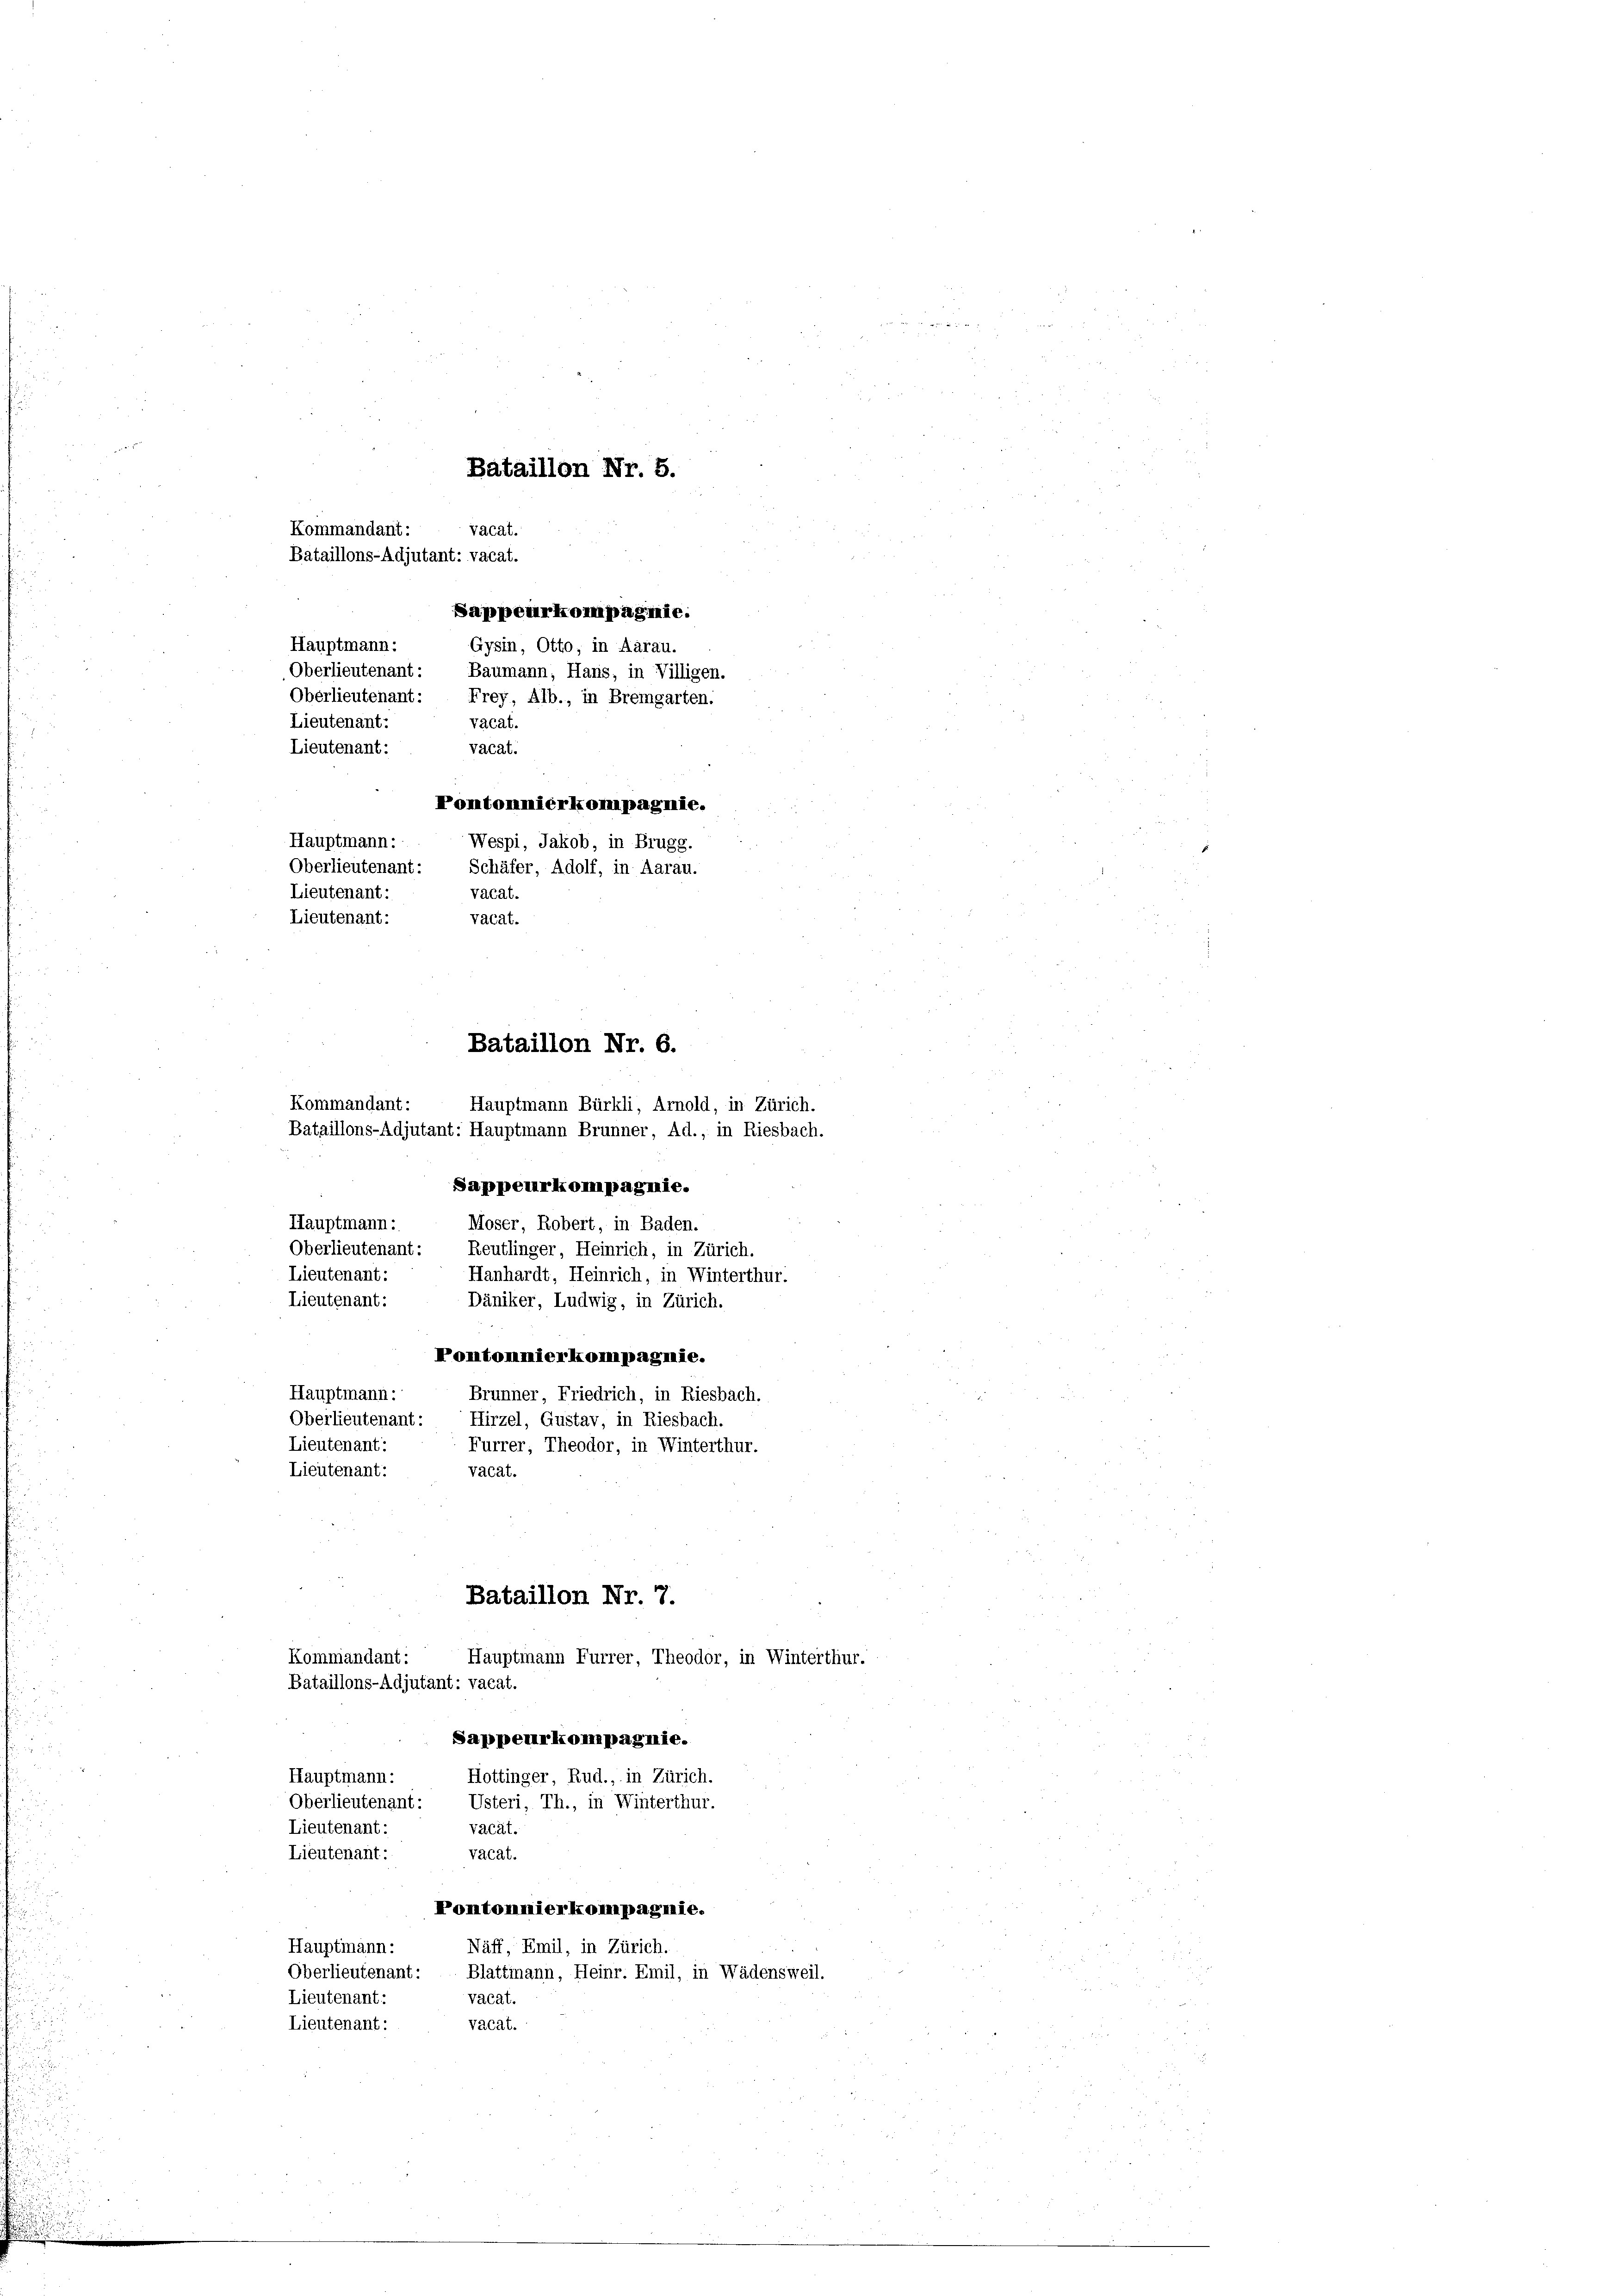
Kommandant:
Hauptmann Bürkli, Arnold, in Zürich.
Bataillons-Adjutant: Hauptmann Brunner, Ad., in Riesbach.
SSappeurkompagnie.
Hauptmann:
Moser, Robert, in Baden.
Oberlieutenant: Reutlinger, Heinrich, in Zürich.
Lieutenant:
Hanhardt, Heinrich, in Winterthur.
Lieutenant:
Däniker, Ludwig, in Zürich.
Pontomnierkompagnie.
Hauptmann:
Brunner, Friedrich, in Riesbach.
Oberlieutenant: Hirzel, Gustav, in Riesbach.
Lieutenant:
Furrer, Theodor, in Winterthur.
Lieutenant:
vacat.
Bataillon Nr. 7.
Kommandant:
Hauptmann Furrer, Theodor, in Winterthur.
Bataillons-Adjutant: vacat.
Sappeurkompagnie.
Hottinger, Rud., in Zürich.
Hauptmann:
Oberlieutenant: Usteri, Th., in Winterthur.
Valät.
Lieutenant:
Lieutenant:
vacat.
Pontonnierkompagnie.
Hauptmann:
Näff, Emil, in Zürich.
Oberlieutenant: Blattmann, Heinr. Emil, in Wädensweil.
Lieutenant:
vacat.
vacat.
Lieutenant:

Hauptmann:
Lieutenant:
vacat.
Lieutenant:
vacat.
Pontonnierkompagnie.
Hauptmann:
Wespi, Jakob, in Brugg.
Oberlieutenant:
Schäfer, Adolf, in Aarau.
Vacat.
Lieutenant:
Lieutenant:
vacat.
Bataillon Nr. 6.

Kommandant:

Bataillon Nr. 5.
vacat.
Bataillons-Adjutant: vacat.
Sappeurkompagnie.
Gysin, Otto, in Aarau.
Oberlieutenant: Baumann, Hans, in Villigen.
Oberlieutenant: Frey, Alb., in Bremgarten.